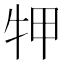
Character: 𤙇